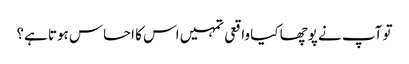
تو آپ نے پوچھا کیا واقعی تمہیں اس کا احساس ہوتا ہے؟